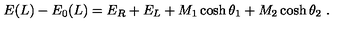
E ( L ) - E _ { 0 } ( L ) = E _ { R } + E _ { L } + M _ { 1 } \cosh \theta _ { 1 } + M _ { 2 } \cosh \theta _ { 2 } \ .